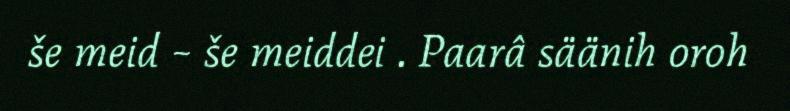
še meid ~ še meiddei . Paarâ säänih oroh